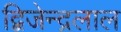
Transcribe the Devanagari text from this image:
द्बिजेन्द्रलाल